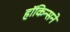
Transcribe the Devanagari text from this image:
हॉकिन्सने